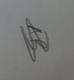
Signature authenticity: genuine